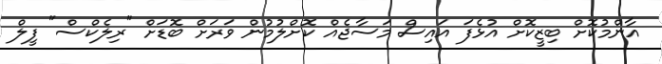
އާންމުކޮށް ބިޒީކޮށް އުޅެފަ އައިސް މަސާޖެއް ކޮށްލުމުން ވަރަށް ބޮޑަށް "ރިލެކްސް" ފީލް